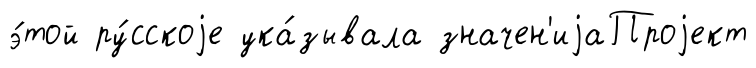
э́той ру́сскоjе ука́зывала значен'иjаПроjект